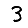
Digit: 3